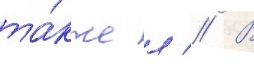
та́кже л // В